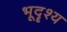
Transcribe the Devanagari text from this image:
भूदॄश्य